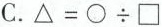
C.$$\triangle = \bigcirc \div \Box$$